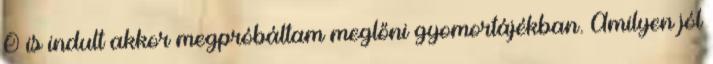
Ő is indult akkor megpróbáltam meglőni gyomortájékban. Amilyen jól